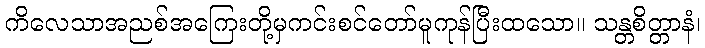
ကိလေသာအညစ်အကြေးတို့မှကင်းစင်တော်မူကုန်ပြီးထသော။ သန္တစိတ္တာနံ၊